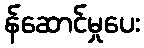
န်ဆောင်မှုပေး